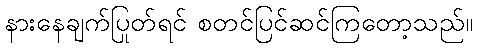
နားနေချက်ပြုတ်ရင် စတင်ပြင်ဆင်ကြတော့သည်။